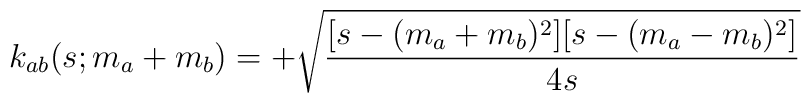
k_{ab}(s;m_a+m_b) = +\sqrt{{[s-(m_a+m_b)^2][s-(m_a-m_b)^2]\over4s}}